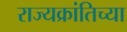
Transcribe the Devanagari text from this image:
राज्यक्रांतिच्या